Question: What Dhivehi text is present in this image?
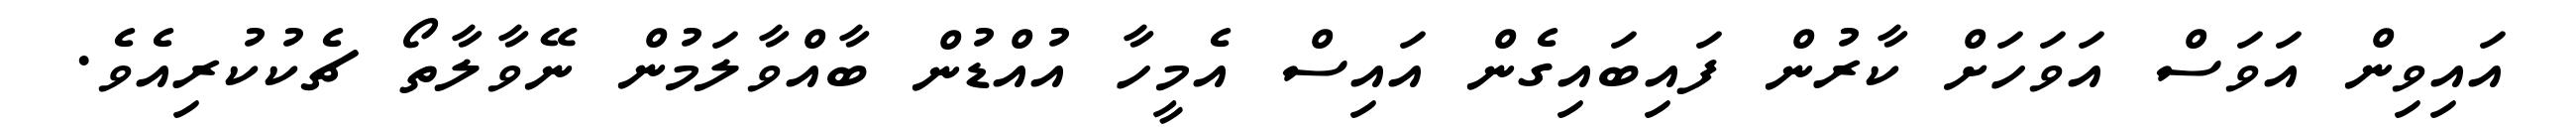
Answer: އައިވިން އަވަސް އަވަހަށް ކާރުން ފައިބައިގެން އައިސް އެމީހާ އުއްޑުން ބާއްވާލަމުން ނޭވާލާތޯ ޗެކުކުރިއެވެ.